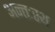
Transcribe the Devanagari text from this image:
अन्तःस्थ